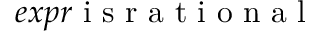
e x p r \mathrm { ~ i ~ s ~ r ~ a ~ t ~ i ~ o ~ n ~ a ~ l ~ }